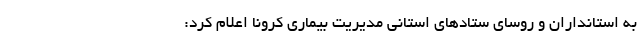
به استانداران و روسای ستاد‌های استانی مدیریت بیماری کرونا اعلام کرد: